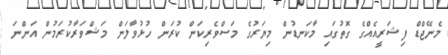
މެނޭޖްޑް ފިޝަރީއެއްގެ ގޮތުގައި މާކަނޑުން މިޔަރުގެ މަސްވެރިކަން ކުރަން ހުޅުވާލަން މަޝްވަރާކުރަމުން އަންނަ